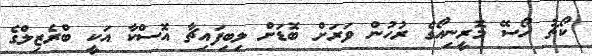
ކޯޗު ހޯސޭ މޮރީނިއޯގެ ރުހުން ވަރަށް ބޮޑަށް ލިބިފައިޗާ އޮސްކާ އަކީ ބްރެޒިލްގެ